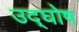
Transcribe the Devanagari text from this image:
उद्‌घोष